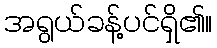
အရွယ်ခန့်ပင်ရှိ၏။